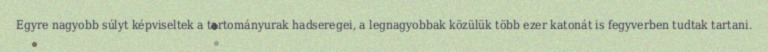
Egyre nagyobb súlyt képviseltek a tartományurak hadseregei, a legnagyobbak közülük több ezer katonát is fegyverben tudtak tartani.